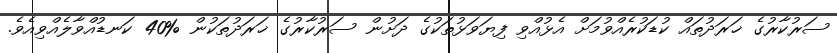
ސަރުކާރުގެ ޚަރަދުތައް ކުޑަކުރެއްވުމަށް އެޅުއްވި ފިޔަވަޅުތަކުގެ ދަށުން ސަރުކާރުގެ ޚަރަދުތަކުން %40 ކަނޑުއްވާލެއްވިއެވެ.